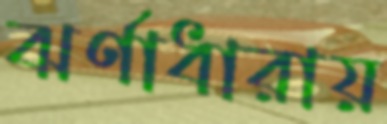
ঝর্ণাধারায়